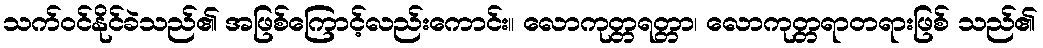
သက်ဝင်နိုင်ခဲသည်၏ အဖြစ်ကြောင့်လည်းကောင်း။ လောကုတ္တရတ္တာ၊ လောကုတ္တရာတရားဖြစ် သည်၏